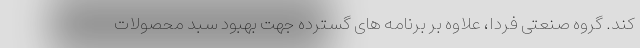
کند. گروه صنعتی فردا، علاوه بر برنامه های گسترده جهت بهبود سبد محصولات